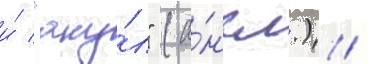
и́ "аку́л" (а́нгл.) /